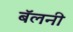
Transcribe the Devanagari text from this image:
बॅलनी